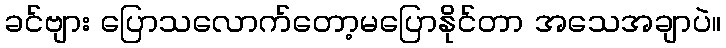
ခင်ဗျား ပြောသလောက်တော့မပြောနိုင်တာ အသေအချာပဲ။